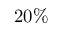
2 0 \%